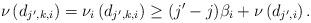
LaTeX: \begin{align*}\nu\left(d_{j',k,i}\right)=\nu_i\left(d_{j',k,i}\right)\ge(j'-j)\beta_i+\nu\left(d_{j',i}\right).\end{align*}